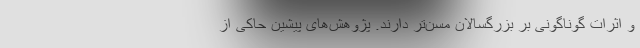
و اثرات گوناگونی بر بزرگسالان مسن‌تر دارند. پژوهش‌های پیشین حاکی از